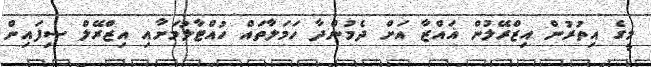
މީގެ އިތުރުން އިޒްރޭލުން ޣައްޒާ އަށް ދެމުންދާ ހަމަލާތައް ހުއްޓާލުމަށާއި އިޒްރޭލް ސިފައިން